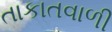
તાકાતવાળી